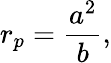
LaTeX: r_{p}={\frac{a^{2}}{b}},